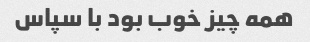
همه چیز خوب بود با سپاس